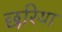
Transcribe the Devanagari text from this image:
छरिया